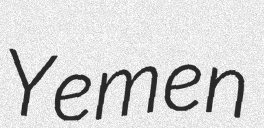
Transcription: Yemen